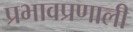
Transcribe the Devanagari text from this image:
प्रभावप्रणाली